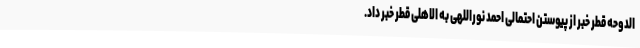
الدوحه قطر خبر از پیوستن احتمالی احمد نوراللهی به الاهلی قطر خبر داد.